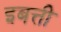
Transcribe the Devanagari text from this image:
इबत्ती